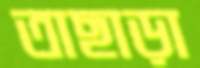
তাছাড়া